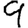
Digit: 9